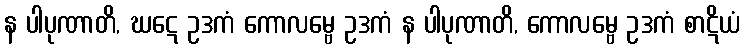
န ပါပုဏာတိ, ဃဋေ ဥဒကံ ကောလမ္ဗေ ဥဒကံ န ပါပုဏာတိ, ကောလမ္ဗေ ဥဒကံ စာဋိယံ